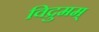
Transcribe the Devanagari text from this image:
विद्रुमम्